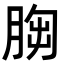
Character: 𦛴